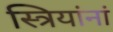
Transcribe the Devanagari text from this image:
स्त्रियांनां